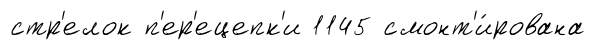
стр'елок п'ер'ецепк'и 1145 смонт'и́рована